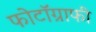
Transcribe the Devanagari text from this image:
फोटॉग्राफी